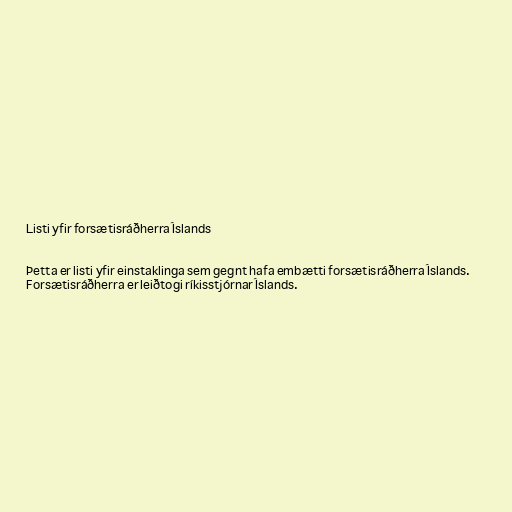
Listi yfir forsætisráðherra Íslands

Þetta er listi yfir einstaklinga sem gegnt hafa embætti forsætisráðherra Íslands.
Forsætisráðherra er leiðtogi ríkisstjórnar Íslands.